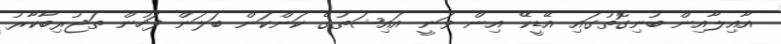
އާއިލާއިން ބުނިގޮތުގައި އޭޑީކޭ އިން ވަނީ އައިޝަތުގެ ކަންކަން ބަލަން ފަހުން ތަޖުރިބާކާރު